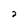
Character: 2